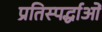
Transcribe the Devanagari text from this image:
प्रतिस्पर्द्धाओं